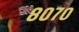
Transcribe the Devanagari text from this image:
८०७०